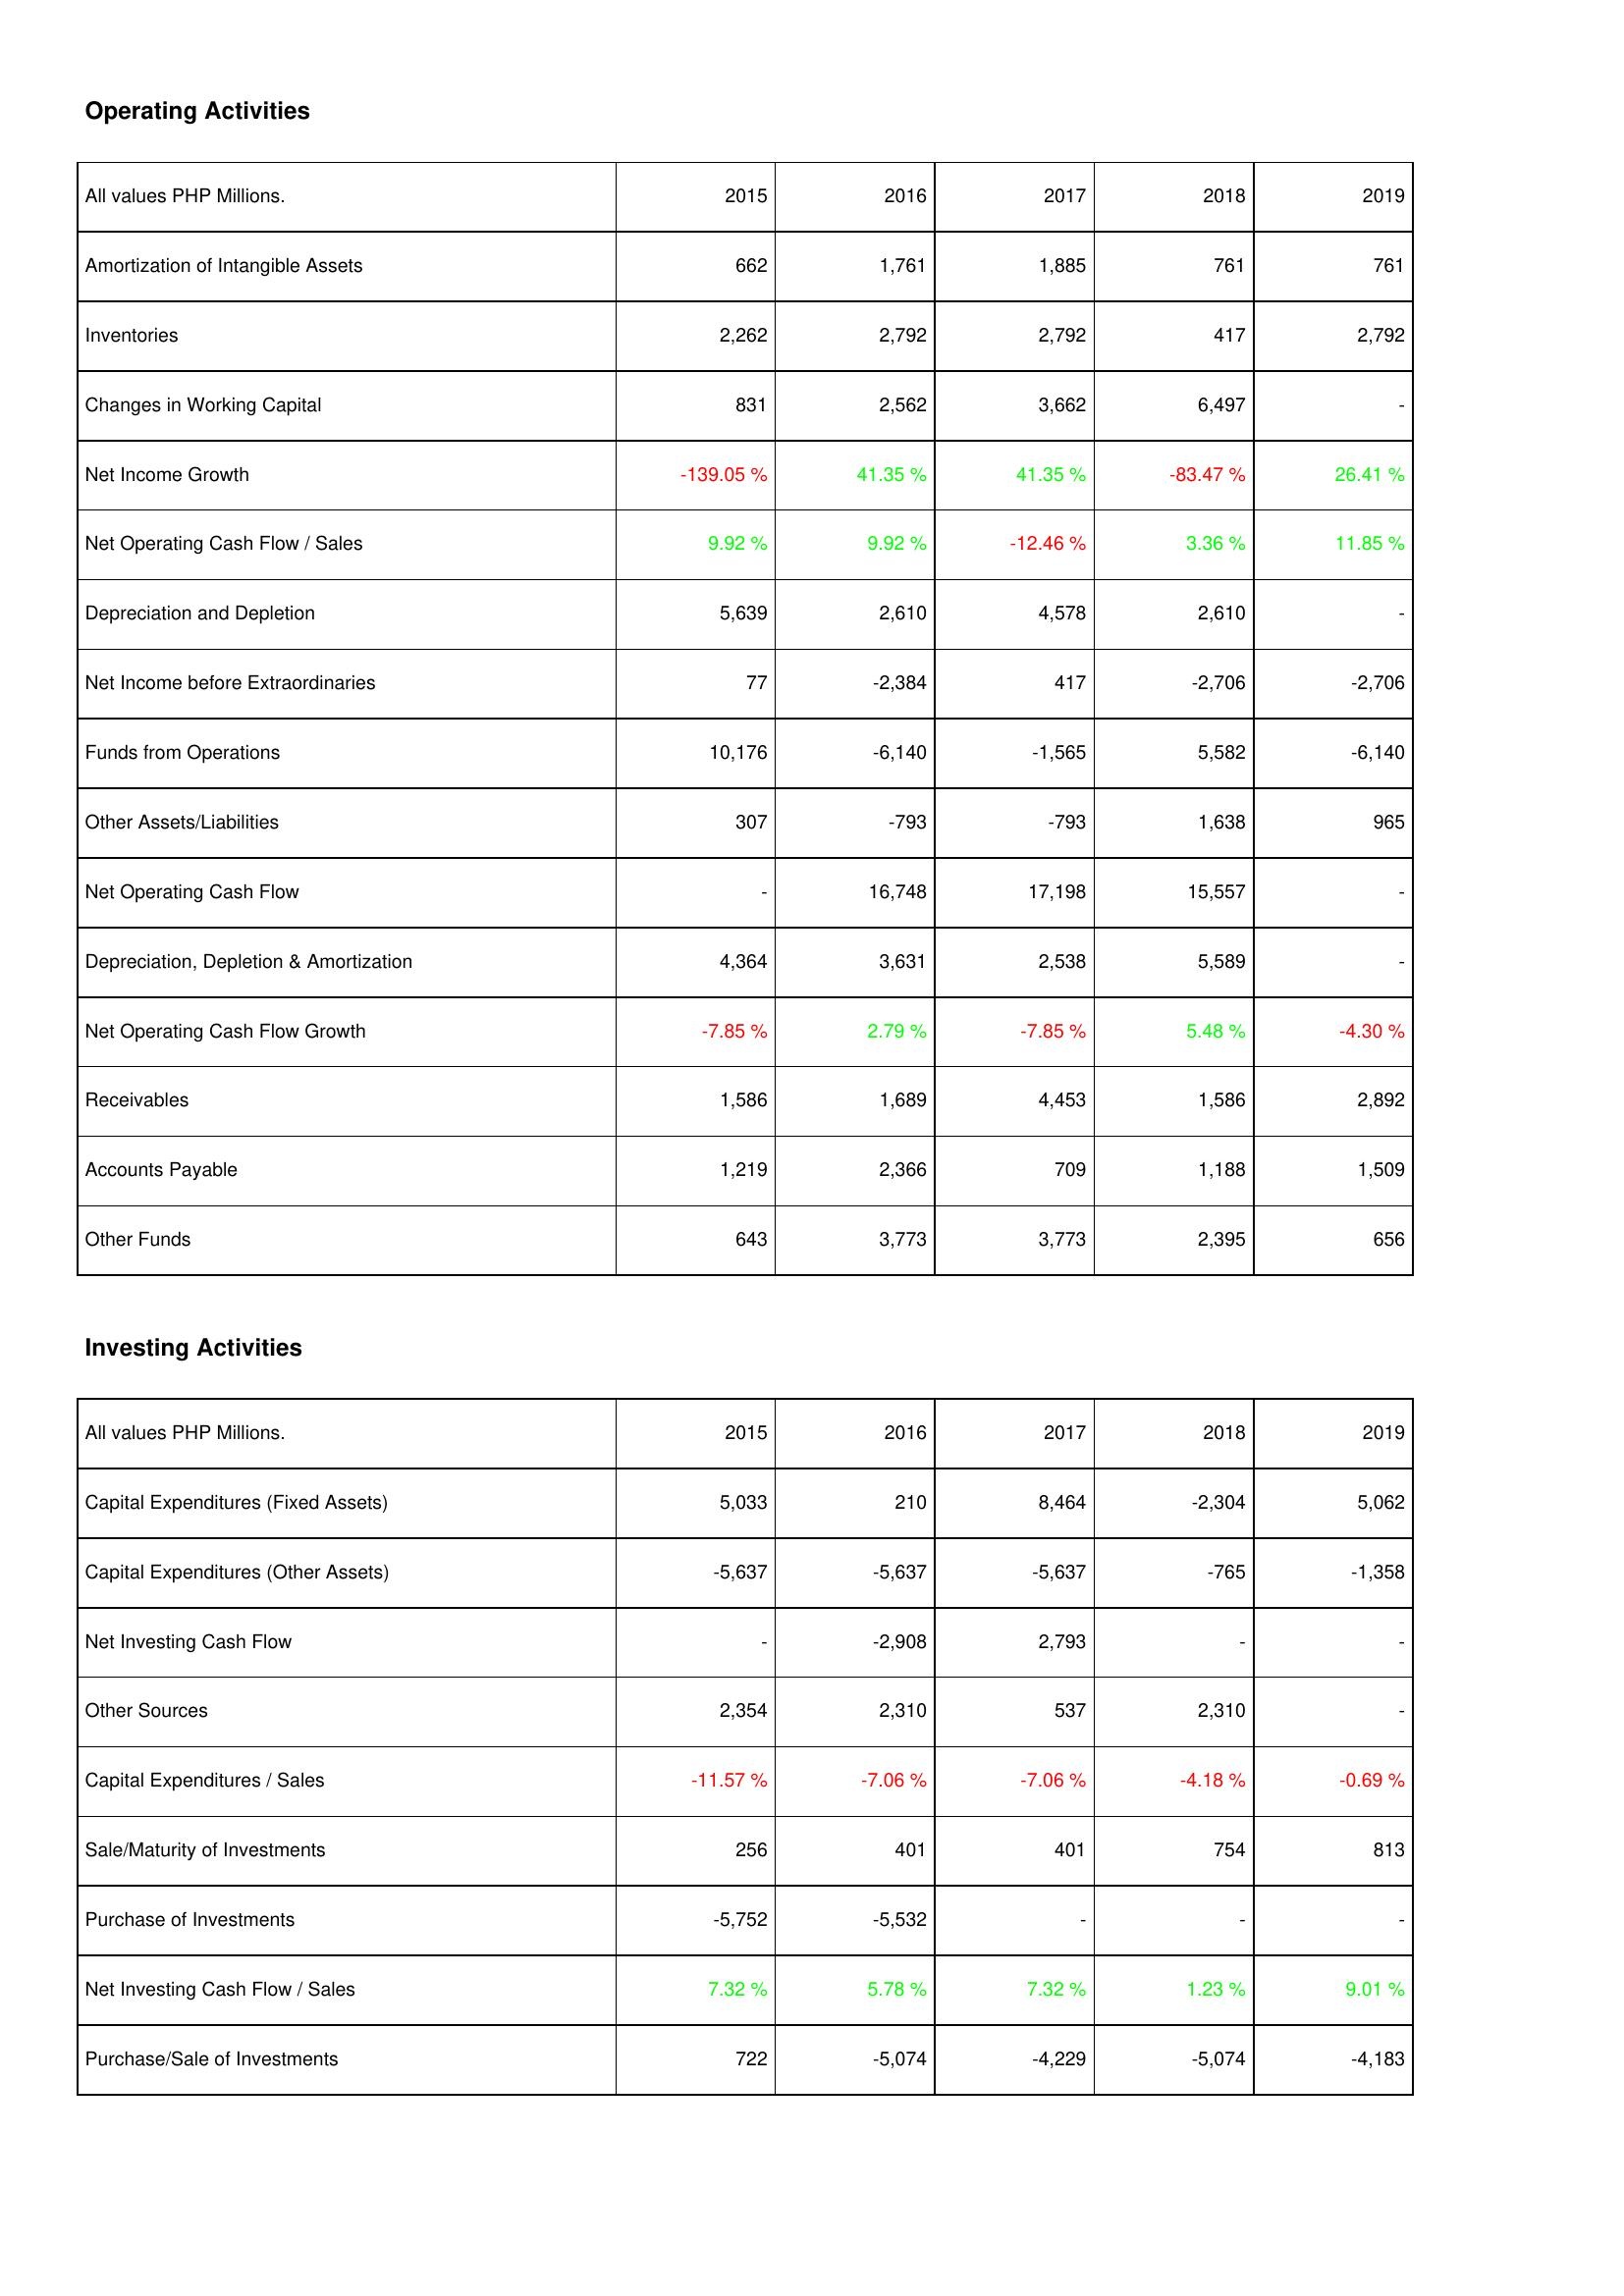
2015: Operating Activities: Amortization of Intangible Assets: 662
Inventories: 2,262
Changes in Working Capital: 831
Net Income Growth: -139.05 %
Net Operating Cash Flow / Sales: 9.92 %
Depreciation and Depletion: 5,639
Net Income before Extraordinaries: 77
Funds from Operations: 10,176
Other Assets/Liabilities: 307
Net Operating Cash Flow: -
Depreciation, Depletion & Amortization: 4,364
Net Operating Cash Flow Growth: -7.85 %
Receivables: 1,586
Accounts Payable: 1,219
Other Funds: 643
Investing Activities: Capital Expenditures (Fixed Assets): 5,033
Capital Expenditures (Other Assets): -5,637
Net Investing Cash Flow: -
Other Sources: 2,354
Capital Expenditures / Sales: -11.57 %
Sale/Maturity of Investments: 256
Purchase of Investments: -5,752
Net Investing Cash Flow / Sales: 7.32 %
Purchase/Sale of Investments: 722
2016: Operating Activities: Amortization of Intangible Assets: 1,761
Inventories: 2,792
Changes in Working Capital: 2,562
Net Income Growth: 41.35 %
Net Operating Cash Flow / Sales: 9.92 %
Depreciation and Depletion: 2,610
Net Income before Extraordinaries: -2,384
Funds from Operations: -6,140
Other Assets/Liabilities: -793
Net Operating Cash Flow: 16,748
Depreciation, Depletion & Amortization: 3,631
Net Operating Cash Flow Growth: 2.79 %
Receivables: 1,689
Accounts Payable: 2,366
Other Funds: 3,773
Investing Activities: Capital Expenditures (Fixed Assets): 210
Capital Expenditures (Other Assets): -5,637
Net Investing Cash Flow: -2,908
Other Sources: 2,310
Capital Expenditures / Sales: -7.06 %
Sale/Maturity of Investments: 401
Purchase of Investments: -5,532
Net Investing Cash Flow / Sales: 5.78 %
Purchase/Sale of Investments: -5,074
2017: Operating Activities: Amortization of Intangible Assets: 1,885
Inventories: 2,792
Changes in Working Capital: 3,662
Net Income Growth: 41.35 %
Net Operating Cash Flow / Sales: -12.46 %
Depreciation and Depletion: 4,578
Net Income before Extraordinaries: 417
Funds from Operations: -1,565
Other Assets/Liabilities: -793
Net Operating Cash Flow: 17,198
Depreciation, Depletion & Amortization: 2,538
Net Operating Cash Flow Growth: -7.85 %
Receivables: 4,453
Accounts Payable: 709
Other Funds: 3,773
Investing Activities: Capital Expenditures (Fixed Assets): 8,464
Capital Expenditures (Other Assets): -5,637
Net Investing Cash Flow: 2,793
Other Sources: 537
Capital Expenditures / Sales: -7.06 %
Sale/Maturity of Investments: 401
Purchase of Investments: -
Net Investing Cash Flow / Sales: 7.32 %
Purchase/Sale of Investments: -4,229
2018: Operating Activities: Amortization of Intangible Assets: 761
Inventories: 417
Changes in Working Capital: 6,497
Net Income Growth: -83.47 %
Net Operating Cash Flow / Sales: 3.36 %
Depreciation and Depletion: 2,610
Net Income before Extraordinaries: -2,706
Funds from Operations: 5,582
Other Assets/Liabilities: 1,638
Net Operating Cash Flow: 15,557
Depreciation, Depletion & Amortization: 5,589
Net Operating Cash Flow Growth: 5.48 %
Receivables: 1,586
Accounts Payable: 1,188
Other Funds: 2,395
Investing Activities: Capital Expenditures (Fixed Assets): -2,304
Capital Expenditures (Other Assets): -765
Net Investing Cash Flow: -
Other Sources: 2,310
Capital Expenditures / Sales: -4.18 %
Sale/Maturity of Investments: 754
Purchase of Investments: -
Net Investing Cash Flow / Sales: 1.23 %
Purchase/Sale of Investments: -5,074
2019: Operating Activities: Amortization of Intangible Assets: 761
Inventories: 2,792
Changes in Working Capital: -
Net Income Growth: 26.41 %
Net Operating Cash Flow / Sales: 11.85 %
Depreciation and Depletion: -
Net Income before Extraordinaries: -2,706
Funds from Operations: -6,140
Other Assets/Liabilities: 965
Net Operating Cash Flow: -
Depreciation, Depletion & Amortization: -
Net Operating Cash Flow Growth: -4.30 %
Receivables: 2,892
Accounts Payable: 1,509
Other Funds: 656
Investing Activities: Capital Expenditures (Fixed Assets): 5,062
Capital Expenditures (Other Assets): -1,358
Net Investing Cash Flow: -
Other Sources: -
Capital Expenditures / Sales: -0.69 %
Sale/Maturity of Investments: 813
Purchase of Investments: -
Net Investing Cash Flow / Sales: 9.01 %
Purchase/Sale of Investments: -4,183